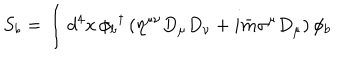
S _ { b } = \int d ^ { 4 } x \, \phi _ { b } { } ^ { \dagger } \left( \eta ^ { \mu \nu } D _ { \mu } D _ { \nu } + i \bar { m } \sigma ^ { \mu } D _ { \mu } \right) \phi _ { b }